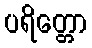
ပရိတ္တော